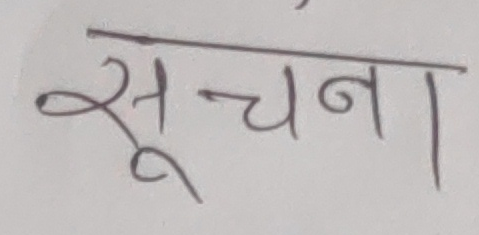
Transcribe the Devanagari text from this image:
सूचना